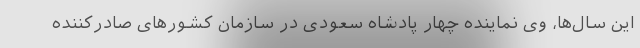
این سال‌ها، وی نماینده چهار پادشاه سعودی در سازمان کشورهای صادرکننده